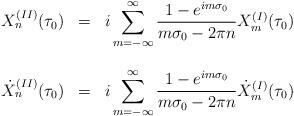
LaTeX: \begin{align*}\begin{array}{lcl}X_n^{(II)}(\tau_0) & = & {\displaystyle i \sum_{m=-\infty}^{\infty}\frac{1- e^{im\sigma_0}}{m\sigma_0 - 2\pi n} X_m^{(I)}(\tau_0) } \\ & & \\{\dot X}_n^{(II)}(\tau_0) & = & {\displaystyle i\sum_{m=-\infty}^{\infty} \frac{1- e^{im\sigma_0}}{m\sigma_0 - 2\pi n}{\dot X}_m^{(I)}(\tau_0) }\end{array}\end{align*}